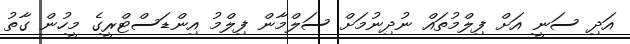
އަދި ސަނީ އަށް ފިލްމުތައް ނުދިނުމަށް ސަލްމާން ފިލްމު އިންޑަސްޓްރީގެ މީހުން ގާތު